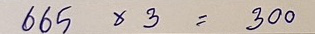
665 x 3 = 300